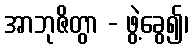
အာဘုဇိတွာ - ဖွဲ့ခွေ၍၊